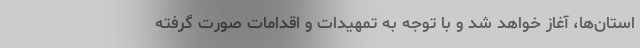
استان‌ها، آغاز خواهد شد و با توجه به تمهیدات و اقدامات صورت گرفته